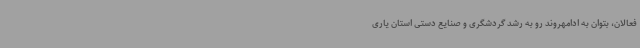
فعالان، بتوان به ادامهروند رو به رشد گردشگری و صنایع دستی استان یاری